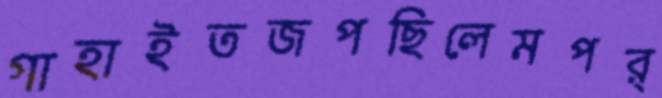
গাহাইতজপছিলেমপর্